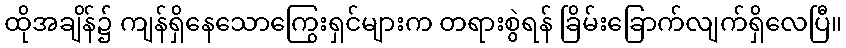
ထိုအချိန်၌ ကျန်ရှိနေသောကြွေးရှင်များက တရားစွဲရန် ခြိမ်းခြောက်လျက်ရှိလေပြီ။